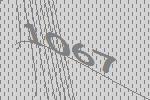
1067